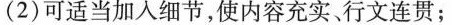
(2)可适当加入细节，使内容充实、行文连贯；